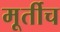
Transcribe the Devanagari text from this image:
मूर्तीच